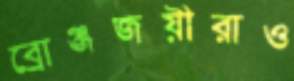
ব্রোঞ্জজয়ীরাও